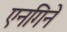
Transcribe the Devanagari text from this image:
एनगिने